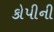
કોપીની